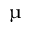
\upmu